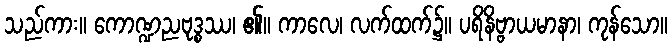
သည်ကား။ ကောဏ္ဍညဗုဒ္စဿ၊ ၏။ ကာလေ၊ လက်ထက်၌။ ပရိနိဗ္ဗာယမာနာ၊ ကုန်သော။